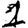
Digit: 1